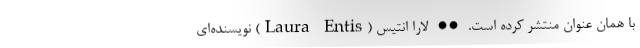
با همان عنوان منتشر کرده است. •• لارا انتیس (Laura Entis) نویسنده‌ای